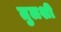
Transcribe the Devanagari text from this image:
तुलशी